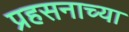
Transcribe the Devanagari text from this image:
प्रहसनाच्या